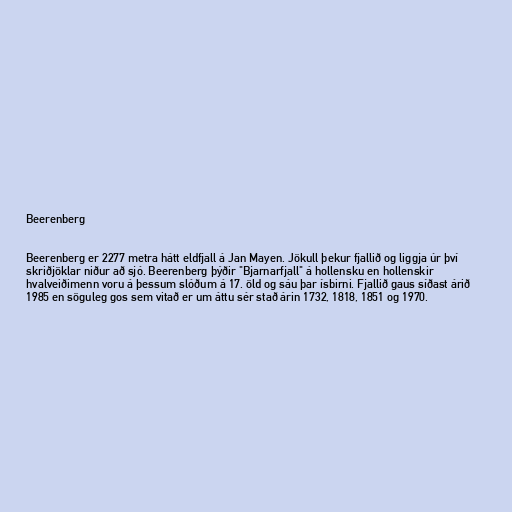
Beerenberg

Beerenberg er 2277 metra hátt eldfjall á Jan Mayen. Jökull þekur fjallið og liggja úr því
skriðjöklar niður að sjó. Beerenberg þýðir "Bjarnarfjall" á hollensku en hollenskir
hvalveiðimenn voru á þessum slóðum á 17. öld og sáu þar ísbirni. Fjallið gaus síðast árið
1985 en söguleg gos sem vitað er um áttu sér stað árin 1732, 1818, 1851 og 1970.